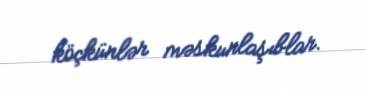
köçkünlər məskunlaşıblar.